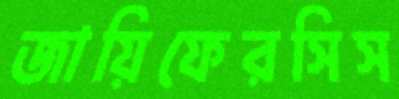
জায়িফেরসিস